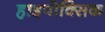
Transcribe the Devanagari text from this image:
हाइपोक्सिक